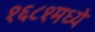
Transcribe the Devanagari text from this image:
१६८१मध्ये